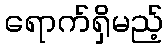
ရောက်ရှိမည့်